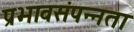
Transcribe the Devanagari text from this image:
प्रभावसंपन्नता